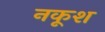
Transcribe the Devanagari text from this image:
नकूश